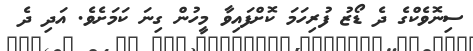
ސިނޮވެކްގެ ދެ ޑޯޒު ފުރިހަމަ ކޮށްފައިވާ މީހުން ގިނަ ކަމަށެވެ. އަދި ދެ